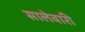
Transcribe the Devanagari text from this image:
सालेवारी